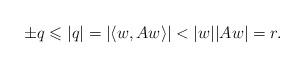
LaTeX: \begin{align*} \pm q\leqslant |q| = \left|\left\langle w,Aw\right\rangle\right| < |w||Aw| = r. \end{align*}